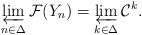
LaTeX: \begin{align*}\varprojlim_{n\in\Delta} \mathcal F(Y_n) = \varprojlim_{k\in\Delta} \mathcal C^k.\end{align*}